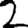
Digit: 2